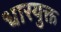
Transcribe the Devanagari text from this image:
धारयुक्त